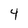
Character: 4